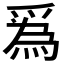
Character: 𤔡